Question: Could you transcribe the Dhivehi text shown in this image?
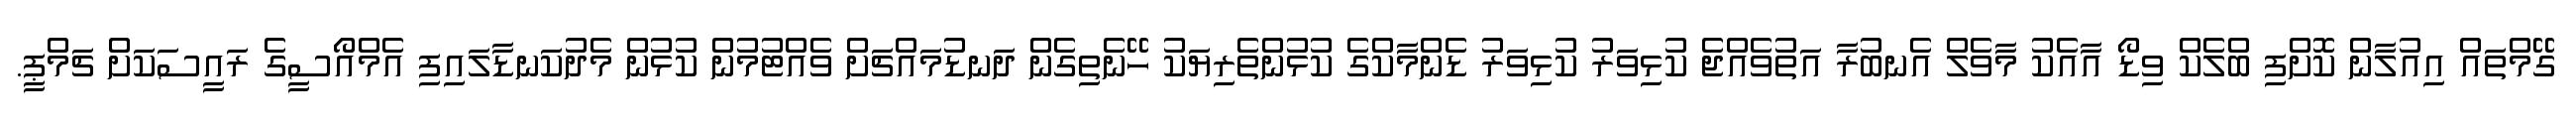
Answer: ގޭމްތައް އިއުލާން ކޮށްފި ބްލެކް ވިޑޯ އާއެކު މާވެލް އެނބުރާ އަތުވެއްޖެ ކުޅިވަރު ކުޅިވަރު ޑެންމާކްގެ ކުޅުންތެރިޔަކު ހޭނެތިގެން ދަނޑުމައްޗަށް ވެއްޓުމުން ކުޅުން މެދުކަނޑާލައިފި އެމްއޯސީގެ ރައީސަކަށް ޗަމްޕީ.